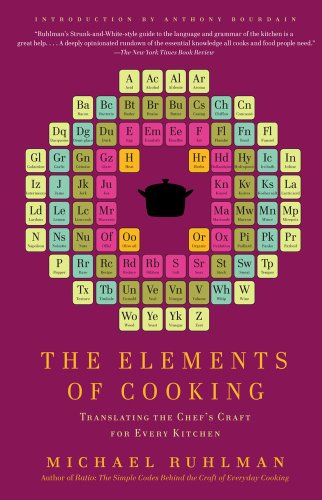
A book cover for The Elements of Cooking: Translating the Chef's Craft for Every Kitchen; Michael Ruhlman; Cookbooks, Food & Wine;